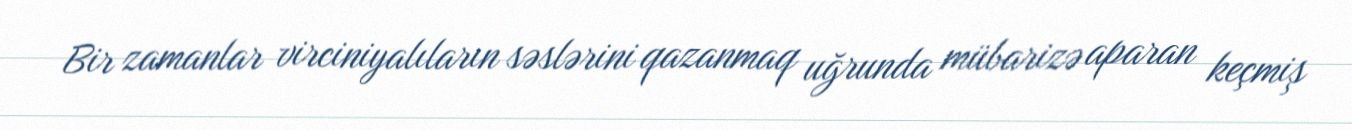
Bir zamanlar virciniyalıların səslərini qazanmaq uğrunda mübarizə aparan keçmiş